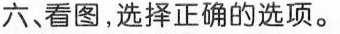
六、看图,选择正确的选项。